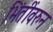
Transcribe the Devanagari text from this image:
भिंतींवरुन